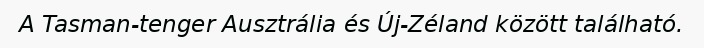
A Tasman-tenger Ausztrália és Új-Zéland között található.